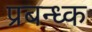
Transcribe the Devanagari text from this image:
प्रबन्ध्क